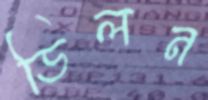
ডিলন